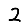
Digit: 2